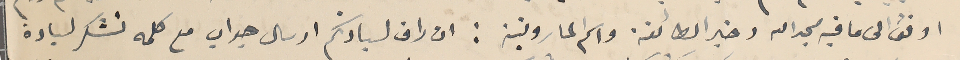
اوفق الى ما فيه مجدالله وخير الطائفة واسَم المارونية : ان راق لسيادتكم ارسال جواب مع كلمه تشكر لسيادة